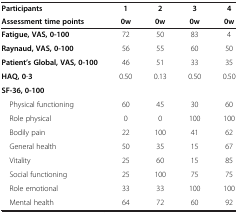
| Participants | 1 | 2 | 3 | 4 |
 | Assessment time points | 0w | 0w | 0w | 0w |
 | --- | --- | --- | --- | --- |
 | Fatigue, VAS, 0-100 | 72 | 50 | 83 | 4 |
 | Raynaud, VAS, 0-100 | 56 | 55 | 60 | 50 |
 | Patient’s Global, VAS, 0-100 | 46 | 51 | 33 | 35 |
 | HAQ, 0-3 | 0.50 | 0.13 | 0.50 | 0.50 |
 | SF-36, 0-100 |  |  |  |  |
 | Physical functioning | 60 | 45 | 30 | 60 |
 | Role physical | 0 | 0 | 100 | 100 |
 | Bodily pain | 22 | 100 | 41 | 62 |
 | General health | 50 | 35 | 15 | 67 |
 | Vitality | 25 | 60 | 15 | 85 |
 | Social functioning | 25 | 100 | 75 | 75 |
 | Role emotional | 33 | 33 | 100 | 100 |
 | Mental health | 64 | 72 | 60 | 92 |